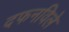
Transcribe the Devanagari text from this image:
दफनविले